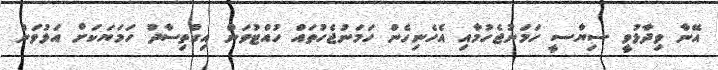
އޭނާ ވިދާޅުވީ ސިޔާސީ ހަމަނުޖެހުމާއި އެހެނިހެން ހަމަނުޖެހުތައް ހުއްޓުވަން އިގްތިސާދު ހަމަޔަކަށް އަޅުވަން